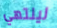
لينتهي